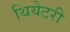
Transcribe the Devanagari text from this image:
थियेटरी